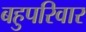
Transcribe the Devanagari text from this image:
बहुपरिवार